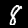
Digit: 8